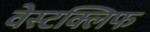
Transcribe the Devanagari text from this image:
वेस्टक्लिफ